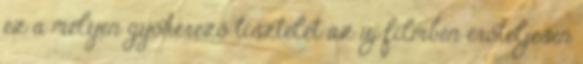
ez a mélyen gyökerező tisztelet az új filmben erőteljesen